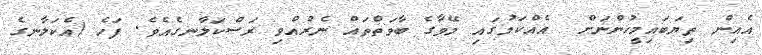
އެއިން ތިޔަބައިމީހުންނަށް  އެއްކަމުގައި މޭވާގެ ބާވަތްތައް ނެރުއްވި ރަސްކަލާނގެއެވެ. ފަހެ (އެކަލާނގެ